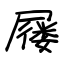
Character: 屦